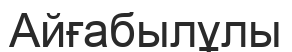
Айғабылұлы